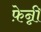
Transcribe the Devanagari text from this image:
फ़ेन्नी